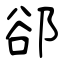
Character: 郤